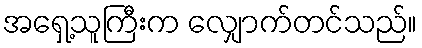
အရှေ့သူကြီးက လျှောက်တင်သည်။